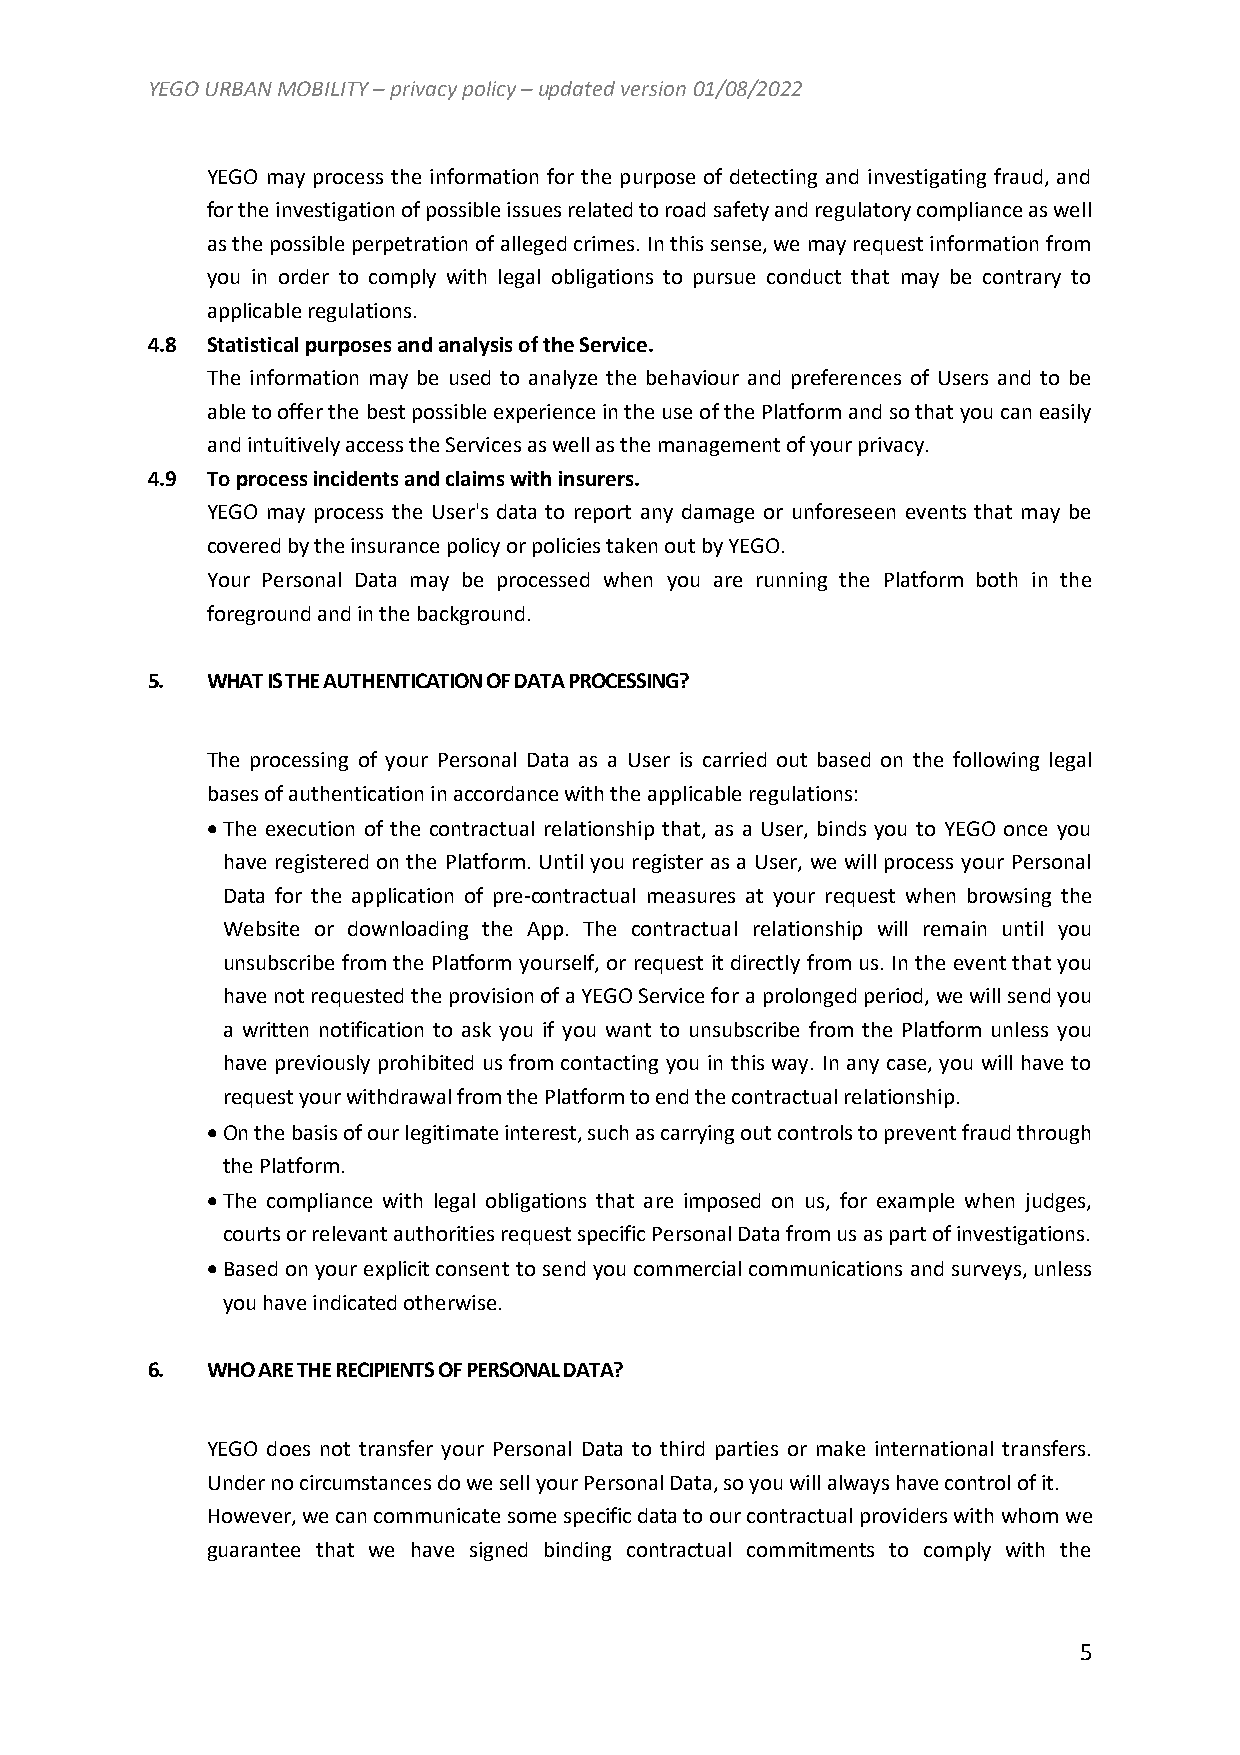
YEGO URBAN MOBILITY – privacy policy – updated version 01/08/2022
 YEGO may process the information for the purpose of detecting and investigating fraud, and
 for the investigation of possible issues related to road safety and regulatory compliance as well
 as the possible perpetration of alleged crimes. In this sense, we may request information from
 you in order to comply with legal obligations to pursue conduct that may be contrary to
 applicable regulations.
 4.8 Statistical purposes and analysis of the Service.
 The information may be used to analyze the behaviour and preferences of Users and to be
 able to offer the best possible experience in the use of the Platform and so that you can easily
 and intuitively access the Services as well as the management of your privacy.
 4.9 To process incidents and claims with insurers.
 YEGO may process the User's data to report any damage or unforeseen events that may be
 covered by the insurance policy or policies taken out by YEGO.
 Your Personal Data may be processed when you are running the Platform both in the
 foreground and in the background.
 5.  WHAT IS THE AUTHENTICATION OF DATA PROCESSING?
 The processing of your Personal Data as a User is carried out based on the following legal
 bases of authentication in accordance with the applicable regulations:
  The execution of the contractual relationship that, as a User, binds you to YEGO once you
 have registered on the Platform. Until you register as a User, we will process your Personal
 Data for the application of pre-contractual measures at your request when browsing the
 Website or downloading the App. The contractual relationship will remain until you
 unsubscribe from the Platform yourself, or request it directly from us. In the event that you
 have not requested the provision of a YEGO Service for a prolonged period, we will send you
 a written notification to ask you if you want to unsubscribe from the Platform unless you
 have previously prohibited us from contacting you in this way. In any case, you will have to
 request your withdrawal from the Platform to end the contractual relationship.
  On the basis of our legitimate interest, such as carrying out controls to prevent fraud through
 the Platform.
  The compliance with legal obligations that are imposed on us, for example when judges,
 courts or relevant authorities request specific Personal Data from us as part of investigations.
  Based on your explicit consent to send you commercial communications and surveys, unless
 you have indicated otherwise.
 6.  WHO ARE THE RECIPIENTS OF PERSONAL DATA?
 YEGO does not transfer your Personal Data to third parties or make international transfers.
 Under no circumstances do we sell your Personal Data, so you will always have control of it.
 However, we can communicate some specific data to our contractual providers with whom we
 guarantee that we have signed binding contractual commitments to comply with the
 5